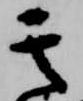
其